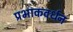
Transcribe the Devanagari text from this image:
प्रभाकवर्धन